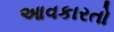
આવકારતો